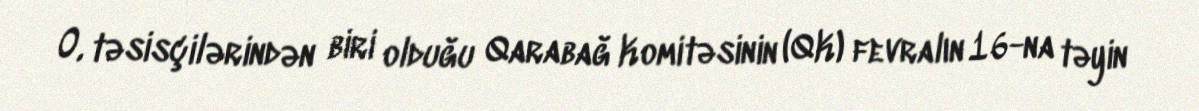
O, təsisçilərindən biri olduğu Qarabağ Komitəsinin (QK) fevralın 16-na təyin